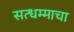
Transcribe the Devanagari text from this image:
सत्धम्माचा